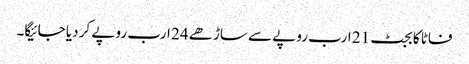
فاٹا کا بجٹ 21 ارب روپے سے ساڑھے 24 ارب روپے کر دیا جائیگا۔